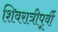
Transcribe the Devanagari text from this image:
शिवरात्रीपूर्वी